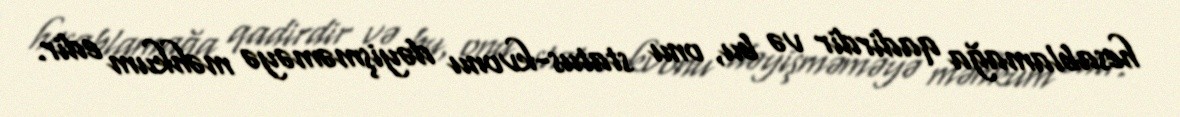
hesablamağa qadirdir və bu, onu status-kvonu dəyişməməyə məhkum edir.